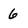
Character: 6